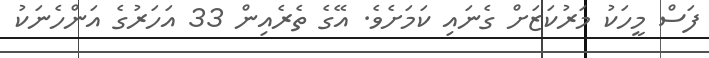
ފަސް މީހަކު މަރުކަޒަށް ގެނައި ކަމަށެވެ. އޭގެ ތެރެއިން 33 އަހަރުގެ އަންހެނަކު